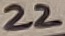
Text: 22